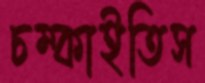
চম্‌কাইতিস